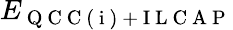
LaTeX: E_{\mathrm{~Q~C~C~(~i~)~+~I~L~C~A~P~}}